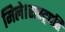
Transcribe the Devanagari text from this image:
मिले।रास्ट्रपति